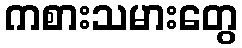
ကစားသမားတွေ